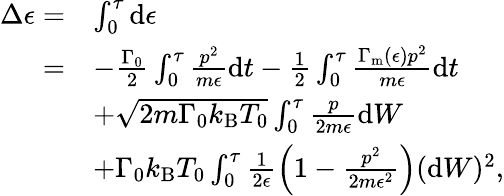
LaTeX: \begin{array}{rl}{\Delta\epsilon=}&{\int_{0}^{\tau}\mathrm{d}\epsilon}\\ {=}&{-\frac{\Gamma_{0}}{2}\int_{0}^{\tau}\frac{p^{2}}{m\epsilon}\mathrm{d}t-\frac{1}{2}\int_{0}^{\tau}\frac{\Gamma_{\mathrm{m}}(\epsilon)p^{2}}{m\epsilon}\mathrm{d}t}\\ &{+\sqrt{2m\Gamma_{0}k_{\mathrm{B}}T_{0}}\int_{0}^{\tau}\frac{p}{2m\epsilon}\mathrm{d}W}\\ &{+\Gamma_{0}k_{\mathrm{B}}T_{0}\int_{0}^{\tau}\frac{1}{2\epsilon}\left(1-\frac{p^{2}}{2m\epsilon^{2}}\right)(\mathrm{d}W)^{2}\mathrm{,}}\end{array}